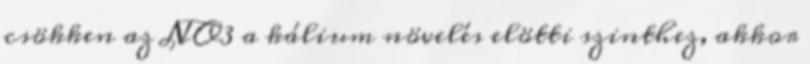
csökken az NO3 a kálium növelés elötti szinthez, akkor